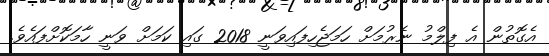
އެގޮތުން އެ ފިލްމު ނެރުމަށް ހަމަޖެހިފައިވަނީ 2018 ގައި ކަމަށް ވަނީ ހާމަކޮށްފައެވެ.